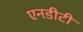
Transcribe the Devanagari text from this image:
एनडीटी